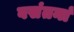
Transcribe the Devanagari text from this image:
वसंतनां